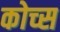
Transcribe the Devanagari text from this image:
कोच्स